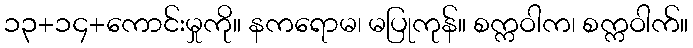
၁၃+၁၄+ကောင်းမှုကို။ နကရောမ၊ မပြုကုန်။ စက္ကဝါက၊ စက္ကဝါက်။